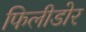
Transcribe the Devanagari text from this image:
फिलीडोर